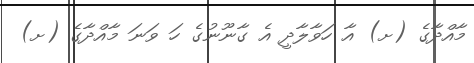
މާއްދާގެ (ށ) އާ ހަވާލާދީ އެ ގާނޫނުގެ ހަ ވަނަ މާއްދާގެ (ށ)